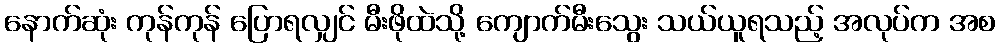
နောက်ဆုံး ကုန်ကုန် ပြောရလျှင် မီးဖိုထဲသို့ ကျောက်မီးသွေး သယ်ယူရသည့် အလုပ်က အစ